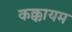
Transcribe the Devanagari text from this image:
कक्कायम